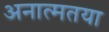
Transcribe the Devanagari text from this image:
अनात्मतया